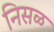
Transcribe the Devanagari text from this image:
निसळ